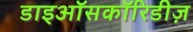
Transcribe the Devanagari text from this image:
डाइऑसकॉरिडीज़